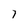
Character: 7